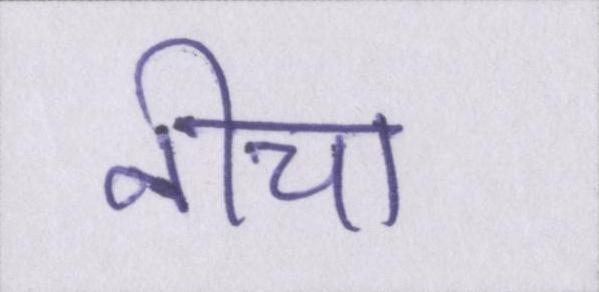
नीचा